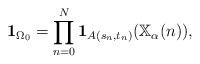
LaTeX: \begin{gather*}\mathbf{1}_{\Omega_0}= \prod_{n=0}^{N} \mathbf{1}_{A(s_n,t_n)}(\mathbb{X}_\alpha(n)), \end{gather*}